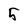
Character: 5